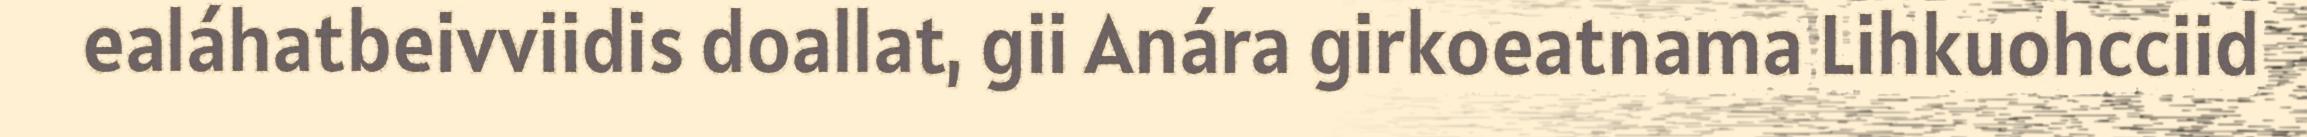
ealáhatbeivviidis doallat, gii Anára girkoeatnama Lihkuohcciid